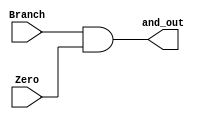
module ANDGate(Branch, Zero, and_out);
  
  input Branch;
  input Zero;
  output and_out;
  

  always @(*)
    begin
      and_out <= Branch && Zero;
    end
endmodule